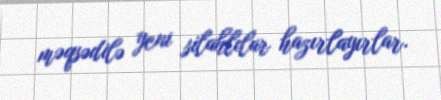
məqsədilə yeni silahlılar hazırlayırlar.